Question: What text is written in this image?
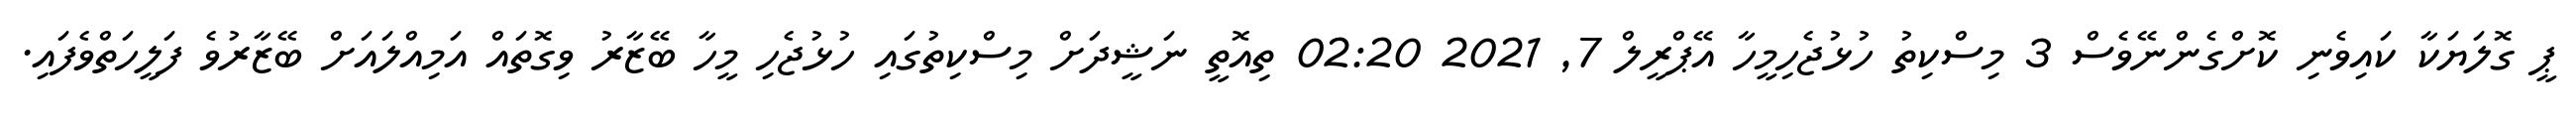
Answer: ޕީ ގޮލަޔަކާ ކައިވެނި ކޮށްގެންނޭވެސް 3 މިސްކިތު ހުޅުޖެހިމީހާ އޭޕްރީލް 7, 2021 02:20 ތިއޮތީ ނަޝީދަށް މިސްކިތުގައި ހުޅުޖެހި މީހާ ބޭޒާރު ވިގޮތައް އަމިއްލައަށް ބޭޒާރުވެ ފަލީހަތްވެފައި.